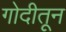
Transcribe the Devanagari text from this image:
गोदीतून